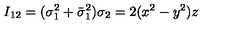
I _ { 1 2 } = ( \sigma _ { 1 } ^ { 2 } + \bar { \sigma } _ { 1 } ^ { 2 } ) \sigma _ { 2 } = 2 ( x ^ { 2 } - y ^ { 2 } ) z